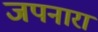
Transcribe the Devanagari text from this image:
जपनारा